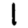
Digit: 1